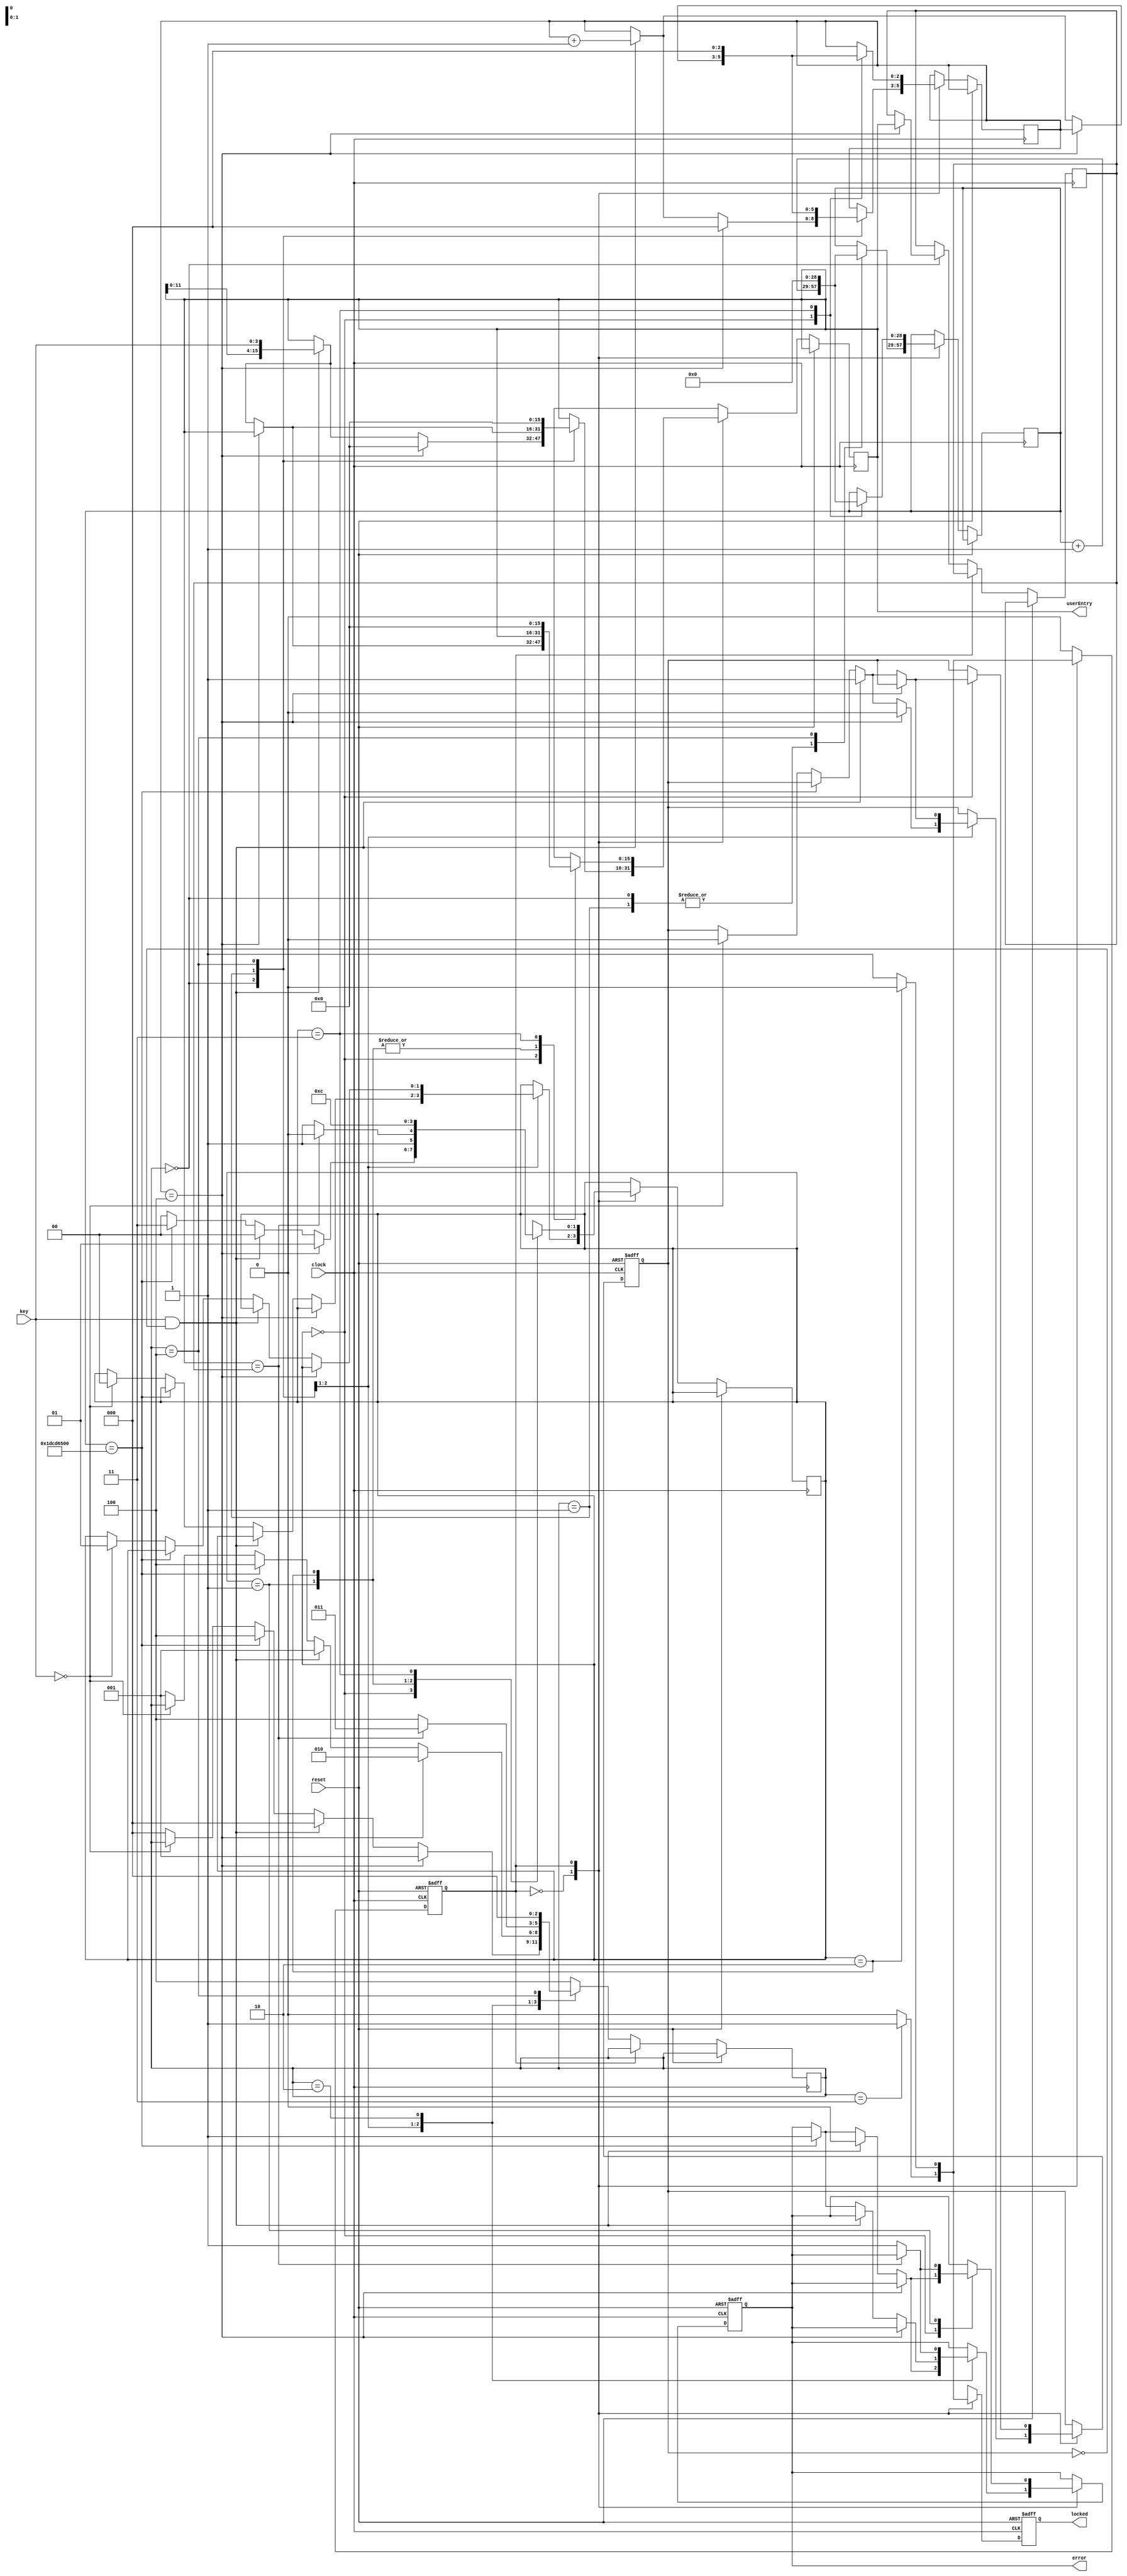
//Digital lock statemachine
//------------------------
//By: Henry Fielding
//
//Description
//------------
//Statemachine for a digital lock, Reads an inputs code then locks or unlocks 
//the lock if the code is correct

module LockStateMachine #(
	// declare parameters
	parameter CLOCK_FREQ = 50000000,
	parameter TIMEOUT = 10 * CLOCK_FREQ,	// number of clock cycles for ten second timeout
	parameter TIMEOUT_COUNTER_WIDTH = $clog2(TIMEOUT + 1),
	
	parameter PASSCODE_LENGTH = 4,			// number of digits in unlock code
	parameter PASSCODE_WIDTH = 4*PASSCODE_LENGTH, // bits required to store unlock code
	parameter ENTRY_COUNTER_WIDTH =  $clog2(PASSCODE_LENGTH + 1)
)(
	// declare ports
	input clock,
	input reset,
	input [3:0] key,
	
	output reg locked,
	output reg error,
	output reg [PASSCODE_WIDTH-1:0] userEntry
);

//
// local registers
//
reg [ENTRY_COUNTER_WIDTH-1:0] entryLength;
reg [PASSCODE_WIDTH-1:0] savedPasscode = 16'h8148;
reg [TIMEOUT_COUNTER_WIDTH-1:0] timeoutCounter;
reg ready;

//
// local parameters
//
localparam ZERO_ENTRY_COUNTER = {ENTRY_COUNTER_WIDTH{1'b0}};
localparam ZERO_ENTRY = {PASSCODE_WIDTH{1'b0}};
localparam ZERO_TIMEOUT_COUNTER = {TIMEOUT_COUNTER_WIDTH{1'b0}};
	
//
// Declare statemachine registers and statenames
//
reg state_toplevel;			// top level statemachine
localparam UNLOCKED_TOPLEVEL = 1'd0;
localparam LOCKED_TOPLEVEL = 1'd1;

reg [2:0] state_unlocked;	// unlocked state sub-statemachine
localparam READ1_UNLOCKED = 3'd0;
localparam READ2_UNLOCKED = 3'd1;
localparam CHECK_UNLOCKED = 3'd2;
localparam LOCK_UNLOCKED = 3'd3;
localparam CLEAR_UNLOCKED = 3'd4;

reg [1:0] state_locked;		// locked state sub-statemachine
localparam READ_LOCKED = 2'd0;
localparam CHECK_LOCKED = 2'd1;
localparam UNLOCK_LOCKED = 2'd2;
localparam CLEAR_LOCKED = 2'd3;

//
// define toplevel statemachine behaviour
//
always @(posedge clock or posedge reset) begin
	if (reset) begin 
		locked <= 1'b0;
		error <= 1'b0;
		ready <= 1'b0;
		state_toplevel <= UNLOCKED_TOPLEVEL;
	
	end else begin
		case (state_toplevel)
			UNLOCKED_TOPLEVEL : begin
				locked <= 0;
				
				unlocked_sub_statemachine();						// call the locked state sub-statemachine
				if (state_unlocked == LOCK_UNLOCKED) begin	// move to locked state if substatemachine reaches lock state
					locked <= 1;
					state_toplevel <= LOCKED_TOPLEVEL;
				end
			end
			
			LOCKED_TOPLEVEL : begin
				locked <= 1;
				
				locked_sub_statemachine();						// call the locked state sub-statemachine
				if (state_locked == UNLOCK_LOCKED) begin	// move to unlocked state if substatemachine reaches unlock state
					locked <= 0;
					state_toplevel <= UNLOCKED_TOPLEVEL;
				end 
				
			end
			
			default state_toplevel <= UNLOCKED_TOPLEVEL;
		
		endcase
	end


end

//
// define unlocked state sub-statemachine behaviour
//
task unlocked_sub_statemachine () ;
	case (state_unlocked)
		READ1_UNLOCKED: begin
			if (entryLength ==  PASSCODE_LENGTH) begin
				// if all digits have been entered move to Check state
				savedPasscode <= userEntry;
				userEntry <= ZERO_ENTRY;
				entryLength <= ZERO_ENTRY_COUNTER;
				ready <= 1'b0;
				state_unlocked <= READ2_UNLOCKED;
				
			end else if (key && !ready) begin
				// if a key is pressed shift in into the register in the 4 LSB
				userEntry = {userEntry[PASSCODE_WIDTH-5:0], key};
				entryLength <= entryLength + 1'b1;
				error <= 1'b0;		// turn off previous errors once any button is pressed
				ready <= 1'b1;
				timeoutCounter <= ZERO_TIMEOUT_COUNTER;
				state_unlocked <= READ1_UNLOCKED;
				
			end else if (timeoutCounter == TIMEOUT) begin
				// display error if timeout and clear entry
				error <= 1'b1;
				state_unlocked <= CLEAR_UNLOCKED;
				
			end else if (!key) begin
				// once key is released ready for next input
				ready <= 1'b0;
				state_locked <= READ1_UNLOCKED;
				
			end else begin
				state_unlocked <= READ1_UNLOCKED;
			end
			timeoutCounter <= timeoutCounter + 1'b1;
		end 
		
		READ2_UNLOCKED : begin
			if (entryLength ==  PASSCODE_LENGTH) begin
				// if all digits have been entered move to Check state
				timeoutCounter <= ZERO_TIMEOUT_COUNTER;
				state_unlocked <= CHECK_UNLOCKED;
				
			end else if (key && !ready) begin
				// if a key is pressed shift in into the register in the 4 LSB
				userEntry = {userEntry[PASSCODE_WIDTH-5:0], key};
				entryLength <= entryLength + 1'b1;
				ready <= 1'b1;
				timeoutCounter <= ZERO_TIMEOUT_COUNTER;
				state_unlocked <= READ2_UNLOCKED;
				
			end else if (timeoutCounter == TIMEOUT) begin
				// display error if timeout and clear entry
				error <= 1'b1;
				state_unlocked <= CLEAR_UNLOCKED;
				
			end else if (!key) begin
				// once key is released ready for next input
				ready <= 1'b0;
				state_locked <= READ2_UNLOCKED;
				
			end else begin
				state_unlocked <= READ2_UNLOCKED;
				
			end
			timeoutCounter <= timeoutCounter + 1'b1;
		end 
		
		CHECK_UNLOCKED : begin
			if (userEntry == savedPasscode) begin
				state_unlocked <= LOCK_UNLOCKED;
				
			end else begin 
				error <= 1'b1;
				state_unlocked <= CLEAR_UNLOCKED;
				
			end
		end 
		
		LOCK_UNLOCKED : begin
			state_unlocked <= CLEAR_UNLOCKED;
			
		end 
		
		CLEAR_UNLOCKED : begin
			entryLength <= ZERO_ENTRY_COUNTER;
			userEntry <= ZERO_ENTRY;
			timeoutCounter <= ZERO_TIMEOUT_COUNTER;
			state_unlocked <= READ1_UNLOCKED;
			
		end 

		default state_unlocked <= CLEAR_UNLOCKED;
	
	endcase

endtask

//
// define locked sub-statemachine behaviour
//
task locked_sub_statemachine () ;
	case (state_locked)
		READ_LOCKED: begin
			if (entryLength ==  PASSCODE_LENGTH) begin
				// if all digits have been entered move to Check state
				state_locked <= CHECK_LOCKED;
				
			end else if (key && !ready) begin
				// if a key is pressed shift in into the register in the 4 LSB
				userEntry = {userEntry[PASSCODE_WIDTH-5:0], key};
				entryLength <= entryLength + 1'b1;
				error <= 1'b0;
				ready <= 1'b1;
				timeoutCounter <= ZERO_TIMEOUT_COUNTER;
				state_locked <= READ_LOCKED;
				
			end else if (timeoutCounter == TIMEOUT) begin
				// display error if timeout and clear entry
				error <= 1'b1;
				state_locked <= CLEAR_LOCKED;
			
			end else if (!key) begin
				// once key is released ready for next input
				ready <= 1'b0;
				state_locked <= READ_LOCKED;
				
			end else begin
				state_locked <= READ_LOCKED;
				
			end
			timeoutCounter <= timeoutCounter + 1'b1;
		end 
		
		CHECK_LOCKED : begin
			if (userEntry == savedPasscode) begin
				state_locked <= UNLOCK_LOCKED;
				
			end else begin 
				state_locked <= CLEAR_LOCKED;
				error <= 1'b1;
				
			end
			
		end 
		
		UNLOCK_LOCKED : begin
			state_locked <= CLEAR_LOCKED;
			
		end 
		
		CLEAR_LOCKED : begin
			entryLength <= ZERO_ENTRY_COUNTER;
			userEntry <= ZERO_ENTRY;
			timeoutCounter <= ZERO_TIMEOUT_COUNTER;
			
			state_locked <= READ_LOCKED;
			
		end 

		default state_locked <= CLEAR_LOCKED;
	
	endcase

endtask

endmodule